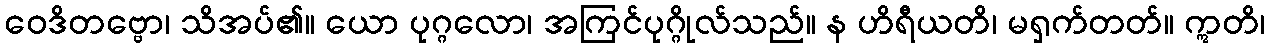
ဝေဒိတဗ္ဗော၊ သိအပ်၏။ ယော ပုဂ္ဂလော၊ အကြင်ပုဂ္ဂိုလ်သည်။ န ဟိရီယတိ၊ မရှက်တတ်။ ဣတိ၊